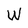
Character: W